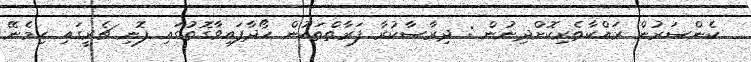
ކެންސަރުން ރައްކާތެރިކޮށްދިނުން : ދިރާސާކުރާ ފަރާތްތަކުން ހޯދާފައިވާގޮތުގައި ފޮނި ޗެރީގައި ހިމެނޭ